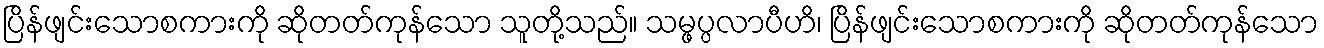
ပြိန်ဖျင်းသောစကားကို ဆိုတတ်ကုန်သော သူတို့သည်။ သမ္ဖပ္ပလာပီဟိ၊ ပြိန်ဖျင်းသောစကားကို ဆိုတတ်ကုန်သော